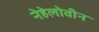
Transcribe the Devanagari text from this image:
नेहेलोवीन